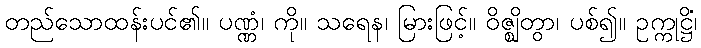
တည်သောထန်းပင်၏။ ပဏ္ဏံ၊ ကို။ သရေန၊ မြားဖြင့်။ ဝိဇ္ဈိတွာ၊ ပစ်၍။ ဥက္ကုဋ္ဌိံ၊